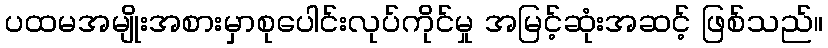
ပထမအမျိုးအစားမှာစုပေါင်းလုပ်ကိုင်မှု အမြင့်ဆုံးအဆင့် ဖြစ်သည်။